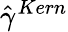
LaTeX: \hat{\gamma}^{Kern}